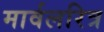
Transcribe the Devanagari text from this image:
मार्वलरित्र